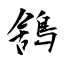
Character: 鵨